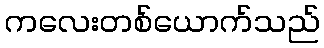
ကလေးတစ်ယောက်သည်